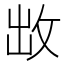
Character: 𭣩